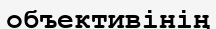
объективінің